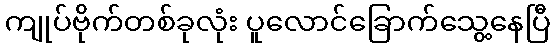
ကျုပ်ဗိုက်တစ်ခုလုံး ပူလောင်ခြောက်သွေ့နေပြီ